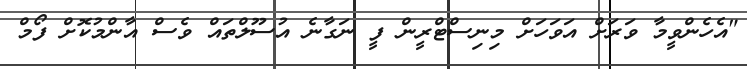
"އެހެންވީމާ ވަރަށް އަވަހަށް މިނިސްޓްރީން ފީ ނަގާނެ އުސޫލްތައް ވެސް އާންމުކޮށް ފޯމް